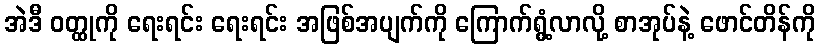
အဲဒီ ဝတ္ထုကို ရေးရင်း ရေးရင်း အဖြစ်အပျက်ကို ကြောက်ရွံ့လာလို့ စာအုပ်နဲ့ ဖောင်တိန်ကို